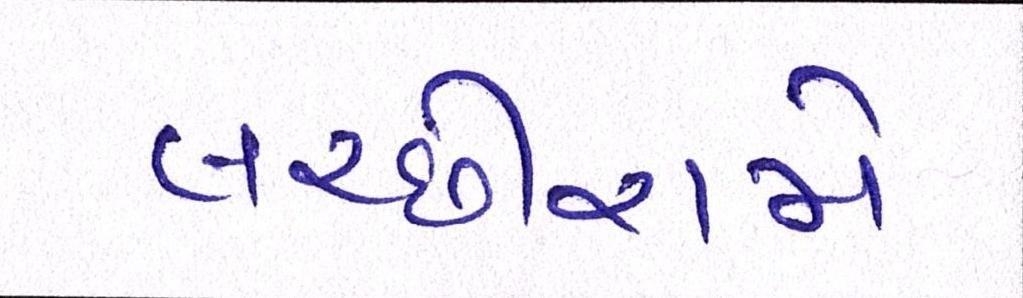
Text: લચ્છીરામે